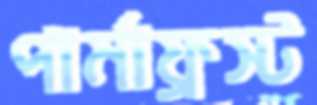
পার্মাফ্রস্ট